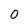
Character: O